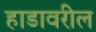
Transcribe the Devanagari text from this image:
हाडावरील